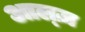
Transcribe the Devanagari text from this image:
आल्ज़